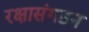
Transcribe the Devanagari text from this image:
रक्षासंगठन